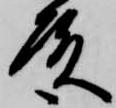
殿